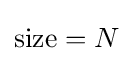
{\text{size}}=N